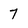
Character: 7